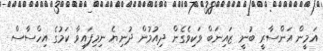
އަމީން އަންސާރީ ބުނީ ޒައިނަބް ވަކިވެގެން ދިއުމުން ދުނިޔެ ނިމިފައިވާ ކަމުގެ އިހްސާސް